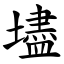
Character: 壗